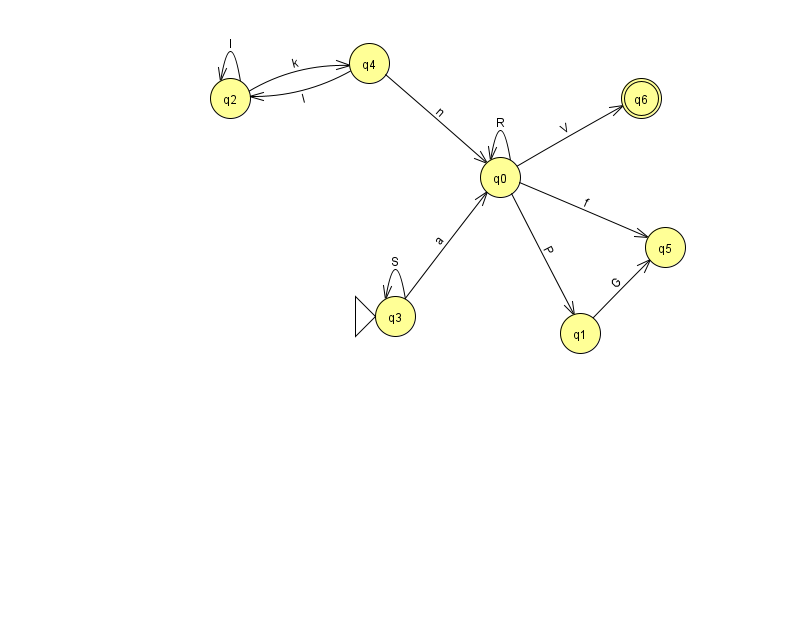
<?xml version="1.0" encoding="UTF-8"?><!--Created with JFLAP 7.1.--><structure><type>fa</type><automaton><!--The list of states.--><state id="0" name="q0"><x>500.0</x><y>164.0</y></state><state id="1" name="q1"><x>580.0</x><y>320.0</y></state><state id="2" name="q2"><x>230.0</x><y>85.0</y></state><state id="3" name="q3"><x>395.0</x><y>303.0</y><initial/></state><state id="4" name="q4"><x>369.0</x><y>50.0</y></state><state id="5" name="q5"><x>665.0</x><y>234.0</y></state><state id="6" name="q6"><x>641.0</x><y>85.0</y><final/></state><!--The list of transitions.--><transition><from>4</from><to>0</to><read>n</read></transition><transition><from>0</from><to>0</to><read>R</read></transition><transition><from>0</from><to>6</to><read>V</read></transition><transition><from>3</from><to>3</to><read>S</read></transition><transition><from>0</from><to>5</to><read>f</read></transition><transition><from>0</from><to>1</to><read>P</read></transition><transition><from>2</from><to>4</to><read>k</read></transition><transition><from>2</from><to>2</to><read>l</read></transition><transition><from>3</from><to>0</to><read>a</read></transition><transition><from>4</from><to>2</to><read>l</read></transition><transition><from>1</from><to>5</to><read>G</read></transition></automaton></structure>